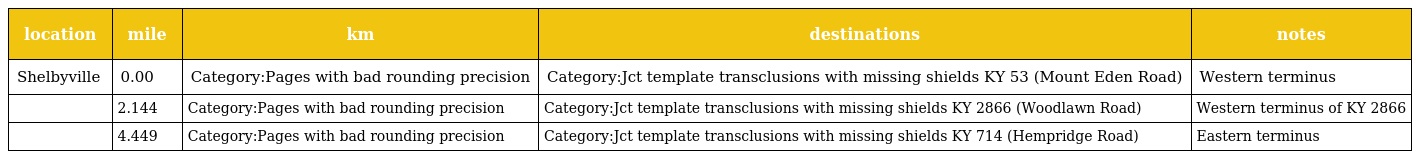
| location | mile | km | destinations | notes |
 | --- | --- | --- | --- | --- |
 | Shelbyville | 0.00 | Category:Pages with bad rounding precision | Category:Jct template transclusions with missing shields KY 53 (Mount Eden Road) | Western terminus |
 |  | 2.144 | Category:Pages with bad rounding precision | Category:Jct template transclusions with missing shields KY 2866 (Woodlawn Road) | Western terminus of KY 2866 |
 |  | 4.449 | Category:Pages with bad rounding precision | Category:Jct template transclusions with missing shields KY 714 (Hempridge Road) | Eastern terminus |